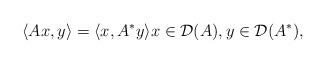
LaTeX: \begin{align*}\langle Ax,y\rangle=\langle x,A^*y \rangle x\in \mathcal D(A), y\in \mathcal D(A^*), \end{align*}